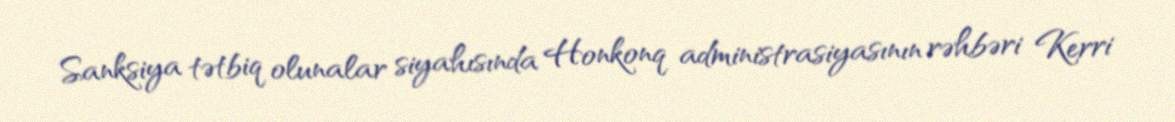
Sanksiya tətbiq olunalar siyahısında Honkonq administrasiyasının rəhbəri Kerri